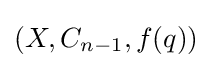
(X,C_{n-1},f(q))